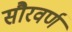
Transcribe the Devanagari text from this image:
सौरवर्ण